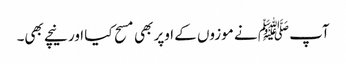
آپ ﷺ نے موزوں کے اوپر بھی مسح کیا اور نیچے بھی۔